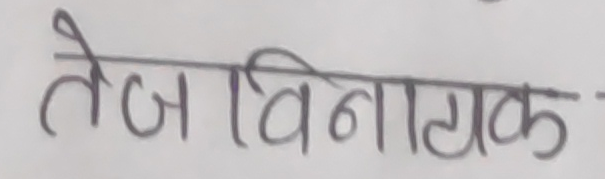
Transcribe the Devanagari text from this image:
तेजविनायक